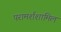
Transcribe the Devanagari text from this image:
परामर्शशामिल